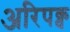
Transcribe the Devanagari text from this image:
अरिपक्व